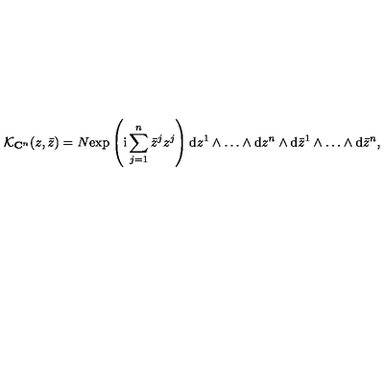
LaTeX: { \cal K } _ { { \bf C } ^ { n } } ( z , \bar { z } ) = N \mathrm { e x p } \left( \mathrm { i } \sum _ { j = 1 } ^ { n } \bar { z } ^ { j } z ^ { j } \right) \mathrm { d } z ^ { 1 } \wedge \ldots \wedge \mathrm { d } z ^ { n } \wedge \mathrm { d } \bar { z } ^ { 1 } \wedge \ldots \wedge \mathrm { d } \bar { z } ^ { n } ,